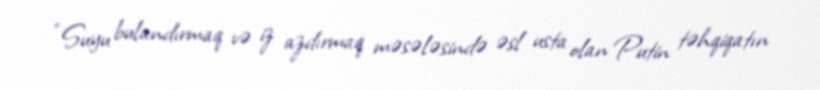
“Suyu bulandırmaq və iz azdırmaq məsələsində əsl usta olan Putin təhqiqatın